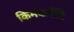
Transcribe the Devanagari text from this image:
किमकर्मेति